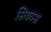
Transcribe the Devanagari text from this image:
सियक्स